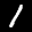
Label: 1